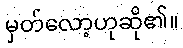
မှတ်လော့ဟုဆို၏။